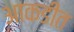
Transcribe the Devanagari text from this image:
आकडीत